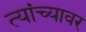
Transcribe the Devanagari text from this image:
त्यांच्यावर